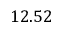
1 2 . 5 2